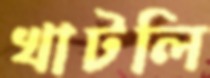
খাটলি